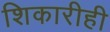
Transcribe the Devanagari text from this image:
शिकारीही